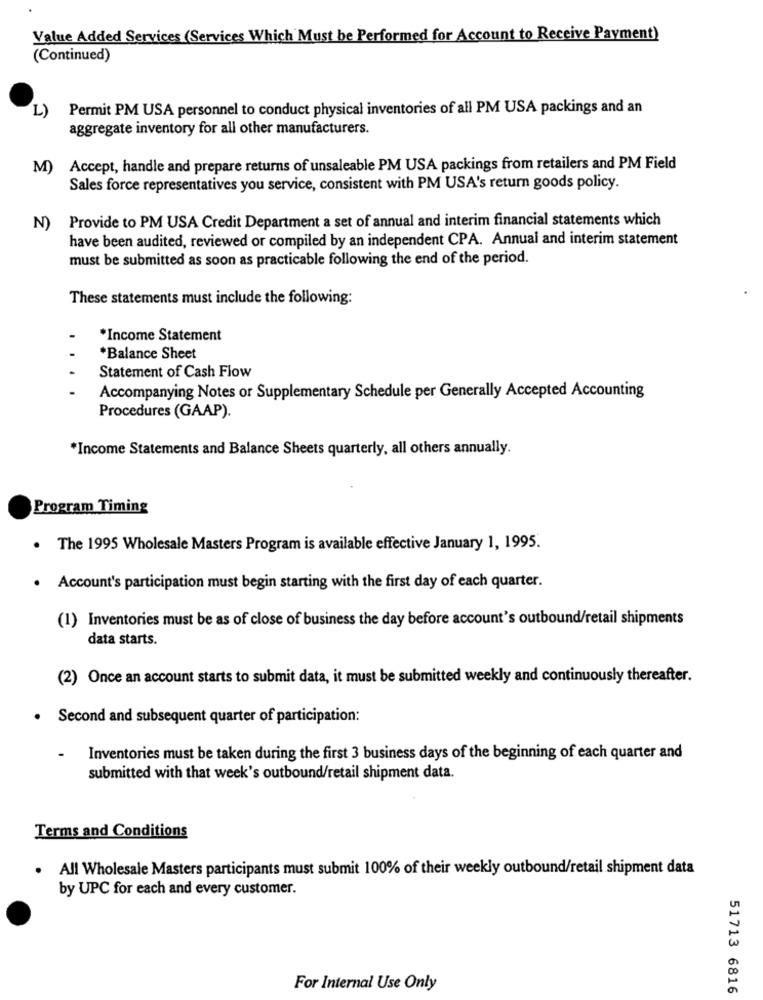
Value Added Services (Services Which Must be Performed for Account to Receive Payment)
(Continued)
L)
Permit PM USA personnel to conduct physical inventories of all PM USA packings and an
aggregate inventory for all other manufacturers.
M)
Accept, handle and prepare returns of unsaleable PM USA packings from retailers and PM Field
Sales force representatives you service, consistent with PM USA's return goods policy.
Provide to PM USA Credit Department a set of annual and interim financial statements which
N)
have been audited, reviewed or compiled by an independent CPA. Annual and interim statement
must be submitted as soon as practicable following the end of the period.
These statements must include the following:
*Income Statement
*Balance Sheet
Statement of Cash Flow
Accompanying Notes or Supplementary Schedule per Generally Accepted Accounting
Procedures (GAAP).
*Income Statements and Balance Sheets quarterly, all others annually.
Program Timing
. The 1995 Wholesale Masters Program is available effective January 1, 1995.
. Account's participation must begin starting with the first day of each quarter.
(1) Inventories must be as of close of business the day before account's outbound/retail shipments
data starts.
(2) Once an account starts to submit data, it must be submitted weekly and continuously thereafter.
Second and subsequent quarter of participation:
Inventories must be taken during the first 3 business days of the beginning of each quarter and
submitted with that week's outbound/retail shipment data.
Terms and Conditions
. All Wholesale Masters participants must submit 100% of their weekly outbound/retail shipment data
by UPC for each and every customer.
For Internal Use Only
51713 6816